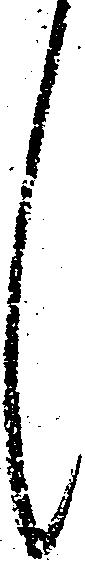
々